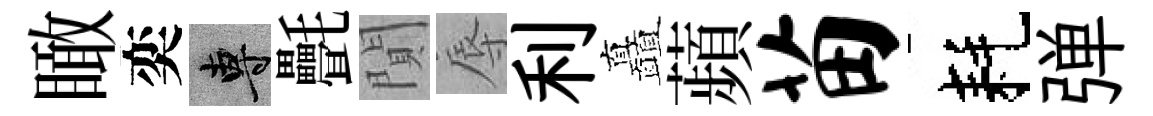
瞰奕專㲲閴辱利矗蘋苗耗弹